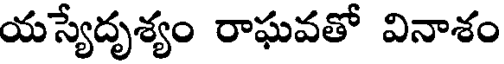
యస్యేదృశ్యం రాఘవతో వినాశం